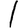
Digit: 1